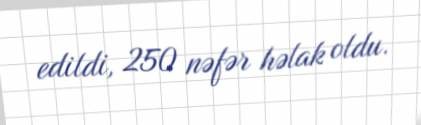
edildi, 250 nəfər həlak oldu.